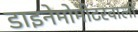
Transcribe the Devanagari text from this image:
डाइनेमोमीटरवाली